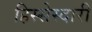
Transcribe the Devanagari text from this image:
हिस्सेस्दारी